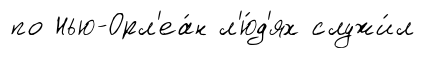
по Нью-Орл'еа́н л'ю́д'ях служи́л